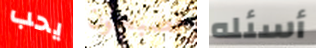
يحب تصبحون أسئله